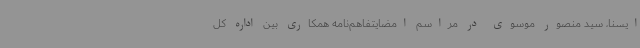
ایسنا، سید منصور موسوی در مراسم امضایتفاهم‌نامه همکاری بین اداره کل